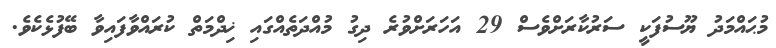
މުޙައްމަދު ޔޫސުފަކީ ސަރުކާރަށްވެސް 29 އަހަރަށްވުރެ ދިގު މުއްދަތެއްގައި ޚިދްމަތް ކުރައްވާފައިވާ ބޭފުޅެކެވެ.